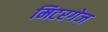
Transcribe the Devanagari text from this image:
मिटरगेज